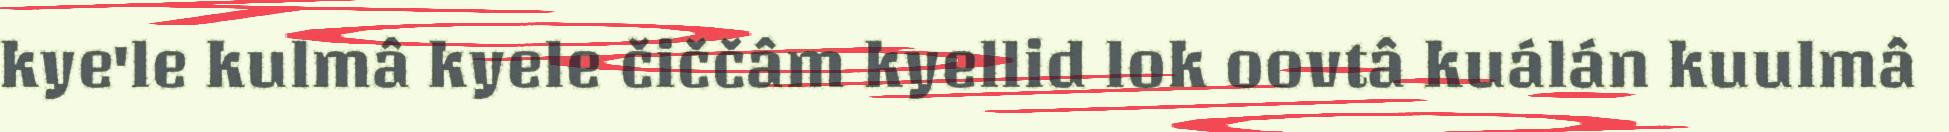
kye'le kulmâ kyele čiččâm kyellid lok oovtâ kuálán kuulmâ